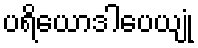
ပရိယောဒါပေယျုံ